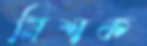
মিশক